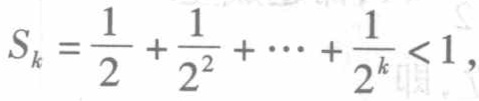
\[

S_{k}=\frac{1}{2}+\frac{1}{2^{2}}+\cdots+\frac{1}{2^{k}}<1,

\]